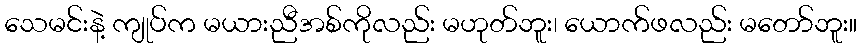
သေမင်းနဲ့ ကျုပ်က မယားညီအစ်ကိုလည်း မဟုတ်ဘူး၊ ယောက်ဖလည်း မတော်ဘူး။